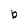
Character: b